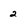
Character: 2